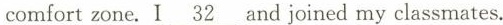
comfortzone. I \underline{ 32} and joined my classmates.